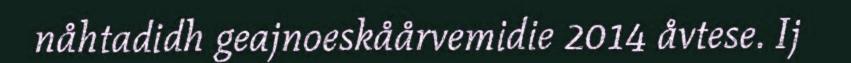
nåhtadidh geajnoeskåårvemidie 2014 åvtese. Ij